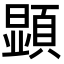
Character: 顕